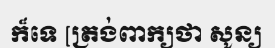
ក៏ទេ [ត្រង់ពាក្យថា សូន្យ